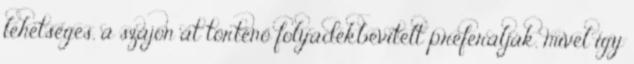
lehetséges, a szájon át történő folyadékbevitelt preferálják, mivel így